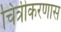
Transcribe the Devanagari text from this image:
चित्रीकरणास